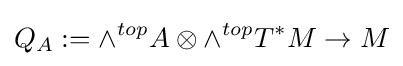
Q_{A}:=\wedge ^{top}A\otimes \wedge ^{top}T^{*}M\to M